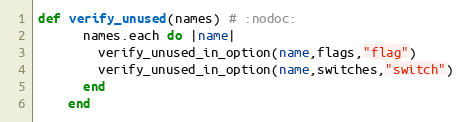
Language: Ruby
def verify_unused(names) # :nodoc:
      names.each do |name|
        verify_unused_in_option(name,flags,"flag")
        verify_unused_in_option(name,switches,"switch")
      end
    end